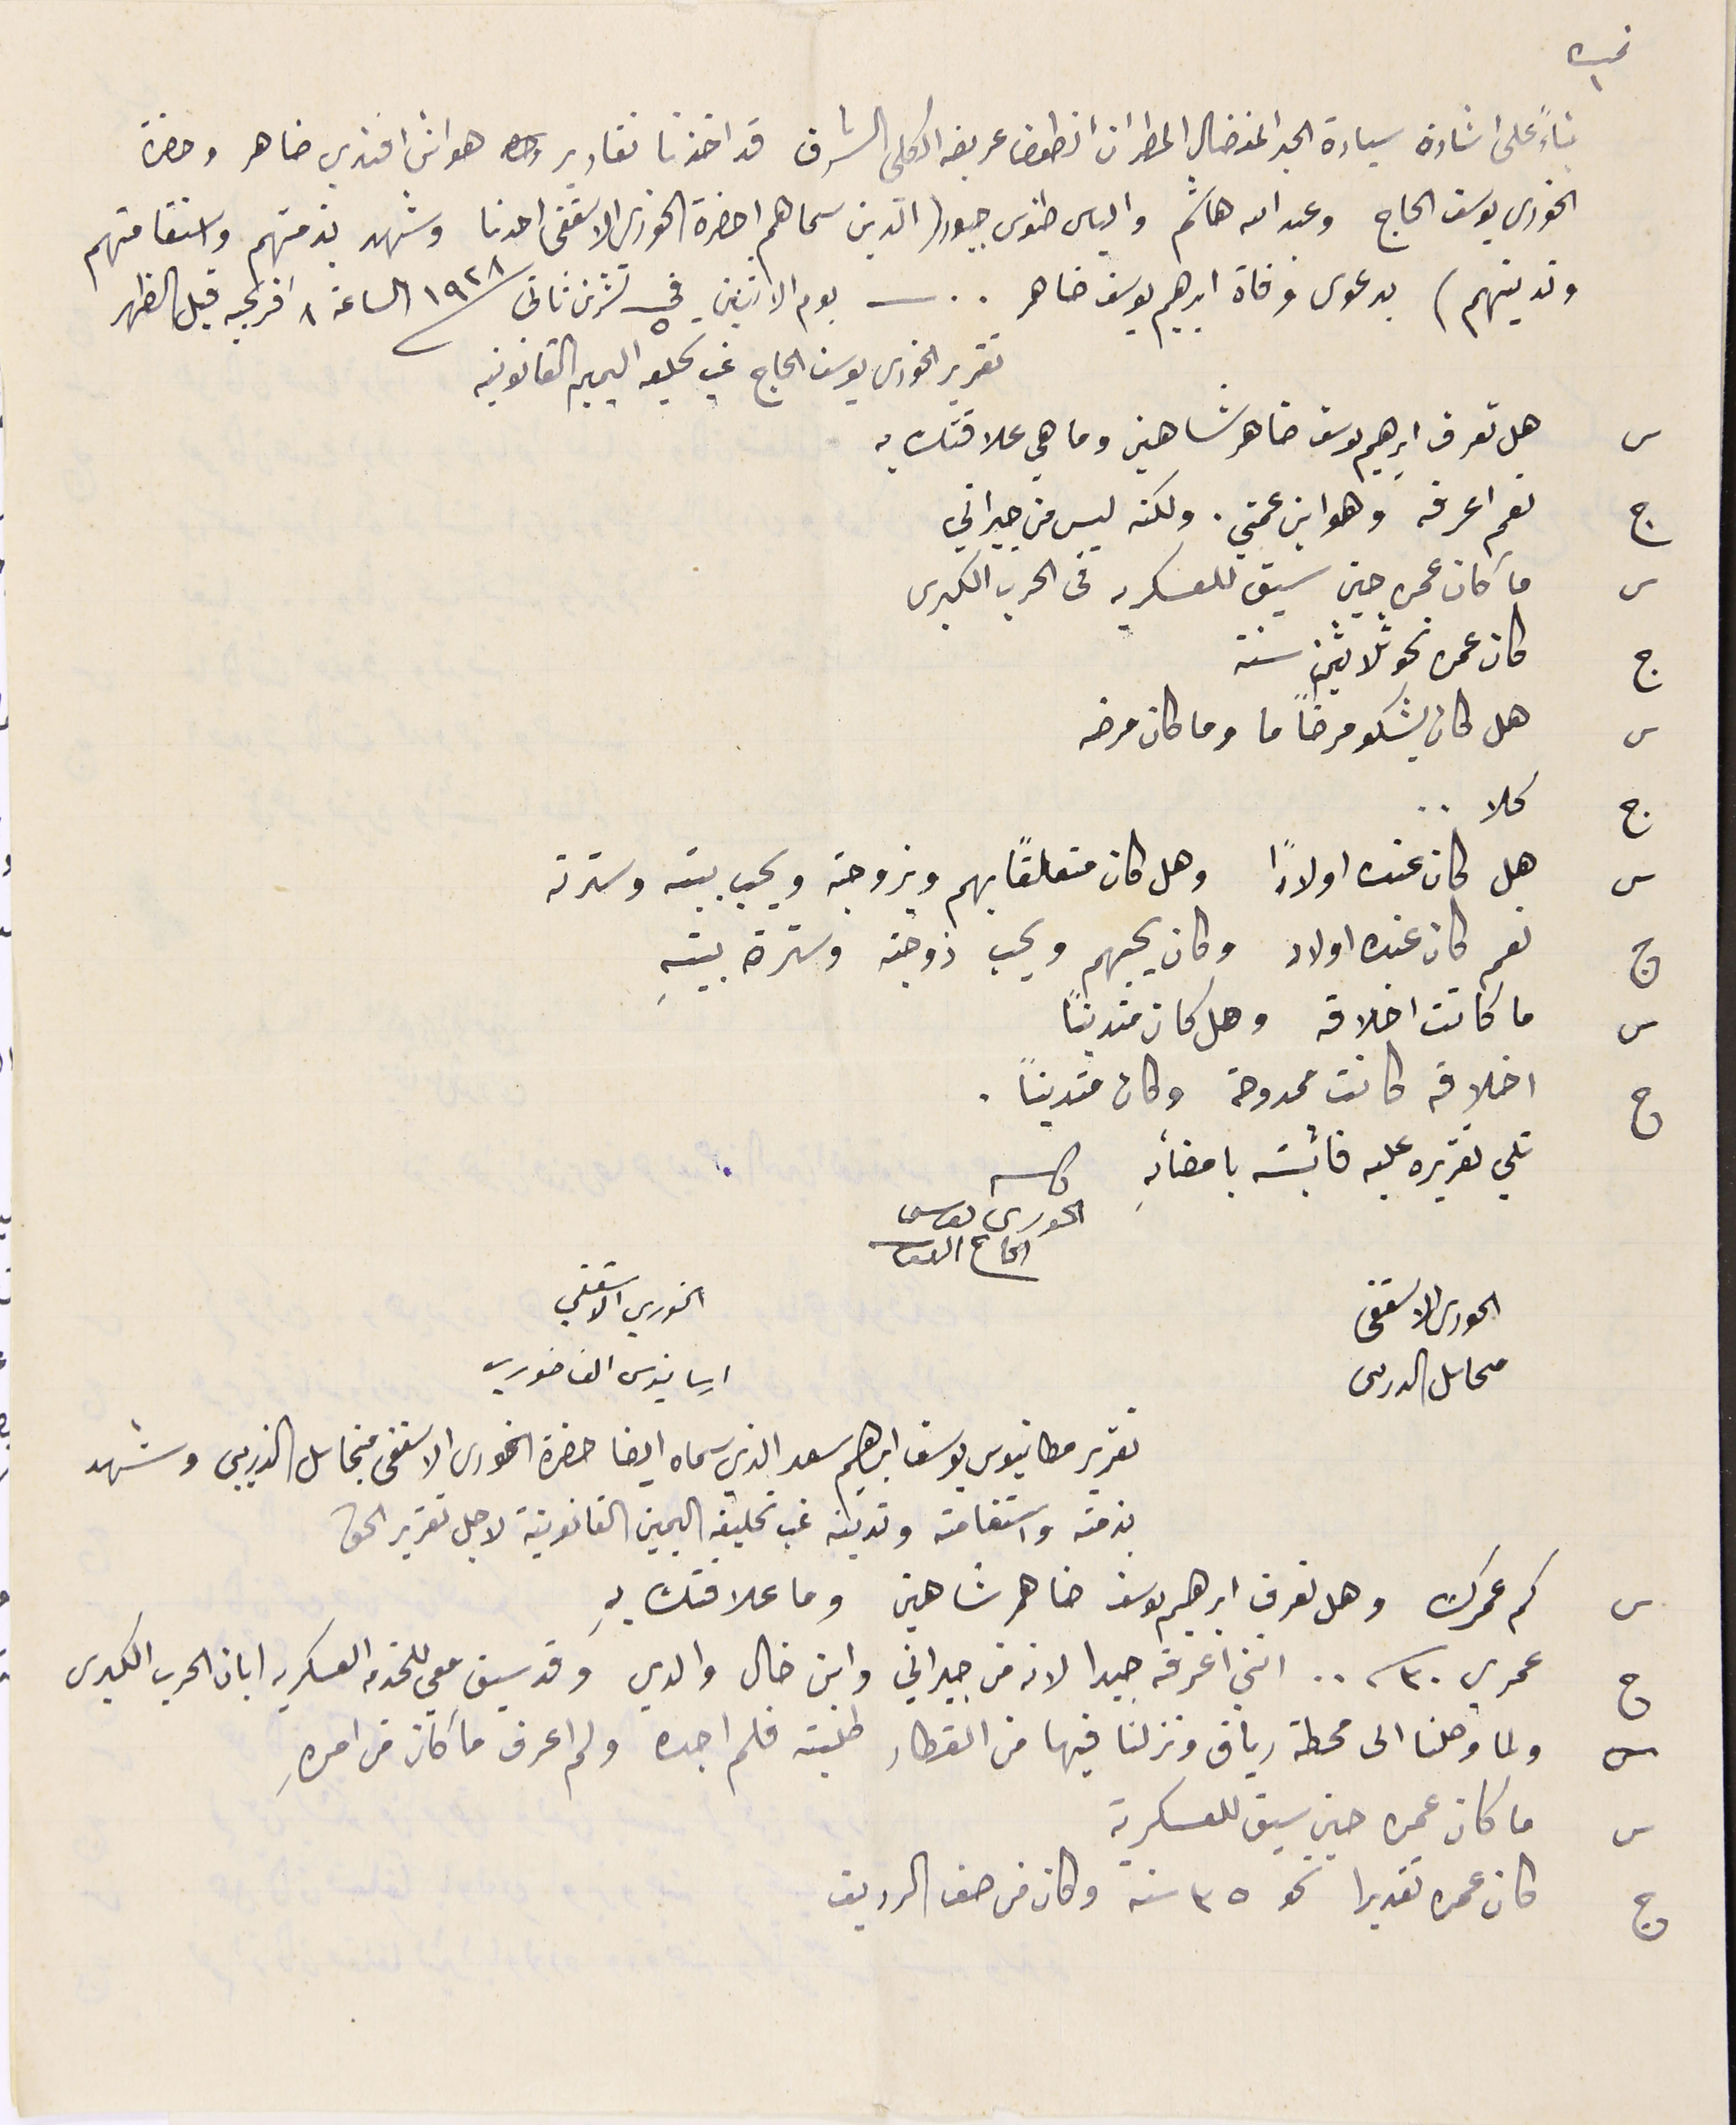
نمره ١
بناءً على اشارة سيادة الحبر المفضال المطران انطون عريضه الكلى الشرف قد اخذنا تقارير هو اني افندي ضاهر وحضرة
الخوري يوسف الحاج وعبدالله هاشم والياس طنوس جبور الذين سماهم حضرة الخوري الاسقفى احدنا وشهد بذمتهم واستقامتهم
وتدينهم) بدعوى وفاة ابرهيم يوسف ضاهر .. يوم الاثنين في ٥ تشرين ثانى ١٩٢٨ الساعة ٨ افرنجيه قبل الظهر
تقرير الخوري يوسف الجاج غب تحليفه اليمين القانونية
 س هل تعرف ابراهيم يوسف ضاهر شاهين وما هي علاقتك به
ج نعم اعرفه وهو ابن عمتي. ولكنه ليس من جيراني
 س ما كان عمره حين سيق للعسكريه في الحرب الكبرى
 ج كان عمره نحو ثلاثين سنة
   س هل كان يشكو مرضاً ما وما كان مرضه
س هل كان عنده اولادًا وهل كان متعلقاً بهم وبزوجته ويحب بيت وسترته
ج نعم كان عنده اولاد وكان يحبهم ويحب زوجته وسترة بيتهِ
س ما كانت اخلاقه وهل كان متدينًا
ج اخلاقه كانت ممدوحة وكان متديناً.
تلي تقريره عليه فاثبته بامضائهِ
الخوري الاسقفي  ارسانيوس الفاخوري
الحورى ىوسف الحاج
تقرير مطانيوس يوسف ابراهيم سعد الذي سماه ايضا حضرة الخورى الاسقفى مخايل الذريبي وشهد
بذمته واستقامته وتدينه غب تحليفه اليمين القانونية لاجل تقرير الحق
س كم عمرك وهل تعرف ابرهيم ىوسف ضاهر شاهين وما علاقتك بهِ
ج عمري ٣٠ سنه.. انني اعرفه جيدا لانه من جيراني وابن خال والدي وقد سيق معي للخدمه العسكريه ابان الحرب الكبرى
 ولما وصلنا الى محطة رياق ونزلنا فيها من القطار طلبته فلم اجده ولم اعرف ما كان من امرهِ
 ما كان عمره حين سيق للعسكرية
 كان عمرة تقديرا نحو ٣٥ سنة وكان من صف الرديف
ج كلا..
الحورى الاسقفى محاىل الدرىىى